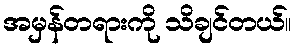
အမှန်တရားကို သိချင်တယ်။